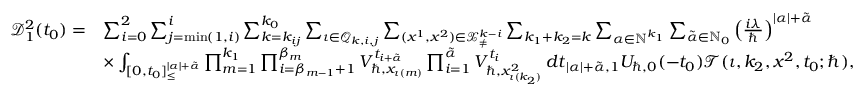
\begin{array} { r l } { \mathcal { D } _ { 1 } ^ { 2 } ( t _ { 0 } ) = } & { \sum _ { i = 0 } ^ { 2 } \sum _ { j = \operatorname* { m i n } ( 1 , i ) } ^ { i } \sum _ { k = k _ { i j } } ^ { k _ { 0 } } \sum _ { \iota \in \mathcal { Q } _ { k , i , j } } \sum _ { ( \boldsymbol { x } ^ { 1 } , \boldsymbol { x } ^ { 2 } ) \in \mathcal { X } _ { \neq } ^ { k - i } } \sum _ { k _ { 1 } + k _ { 2 } = k } \sum _ { \alpha \in \mathbb { N } ^ { k _ { 1 } } } \sum _ { \tilde { \alpha } \in \mathbb { N } _ { 0 } } \left( \frac { i \lambda } { \hbar } \right) ^ { | \alpha | + \tilde { \alpha } } } \\ & { \times \int _ { [ 0 , t _ { 0 } ] _ { \leq } ^ { | \alpha | + \tilde { \alpha } } } \prod _ { m = 1 } ^ { k _ { 1 } } \prod _ { i = \beta _ { m - 1 } + 1 } ^ { \beta _ { m } } V _ { \hbar , x _ { \iota ( m ) } } ^ { t _ { i + \tilde { \alpha } } } \prod _ { i = 1 } ^ { \tilde { \alpha } } V _ { \hbar , x _ { \iota ( k _ { 2 } ) } ^ { 2 } } ^ { t _ { i } } \, d \boldsymbol { t } _ { | \alpha | + \tilde { \alpha } , 1 } U _ { \hbar , 0 } ( - t _ { 0 } ) \mathcal { T } ( \iota , k _ { 2 } , \boldsymbol { x } ^ { 2 } , t _ { 0 } ; \hbar ) , } \end{array}